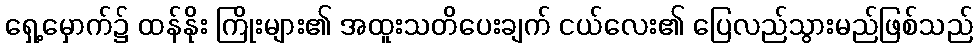
ရှေ့မှောက်၌ ထန်နိုး ကြိုးများ၏ အထူးသတိပေးချက် ငယ်လေး၏ ပြေလည်သွားမည်ဖြစ်သည်